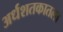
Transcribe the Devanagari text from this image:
अर्धशतकातला